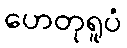
ဟေတုရူပံ